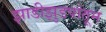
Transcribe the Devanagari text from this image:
झाडीझुडपांतून